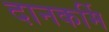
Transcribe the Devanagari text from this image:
दानकर्मि